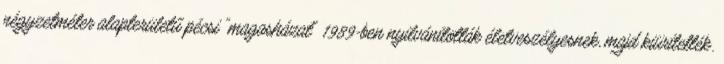
négyzetméter alapterületű pécsi "magasházat" 1989-ben nyilvánították életveszélyesnek, majd kiürítették.